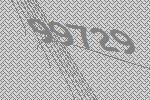
99729